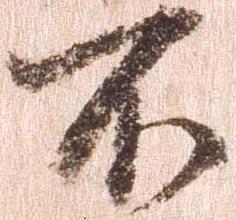
不